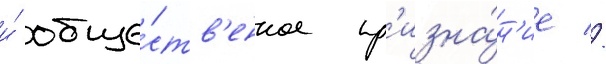
и́ обще́ств'енное пр'изна́н'ие //